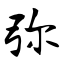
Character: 弥